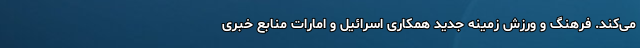
می‌کند. فرهنگ و ورزش زمینه جدید همکاری اسرائیل و امارات منابع خبری